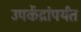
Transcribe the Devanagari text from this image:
उपकेंद्रांपर्यंत